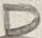
Text: D